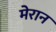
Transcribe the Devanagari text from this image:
मेरान